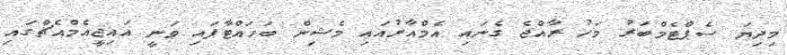
މިދިޔަ ސެޕްޓެމްބަރު މަހު ރާއްޖެ ގެނައި އެމްއާރުއައި މެޝިން ބަހައްޓާފައި ވަނީ އައިޖީއެމްއެޗްގައި